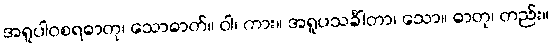
အရူပါဝစရဓာတု၊ သောဓာတ်။ ဝါ၊ ကား။ အရူပသင်္ခါတာ၊ သော။ ဓာတု၊ တည်း။